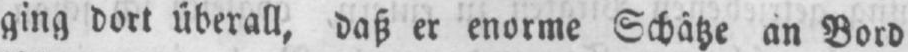
ging dort überall, daß er enorme Schätze an Bord